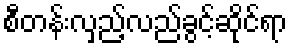
စီတန်းလှည့်လည်ခွင့်ဆိုင်ရာ